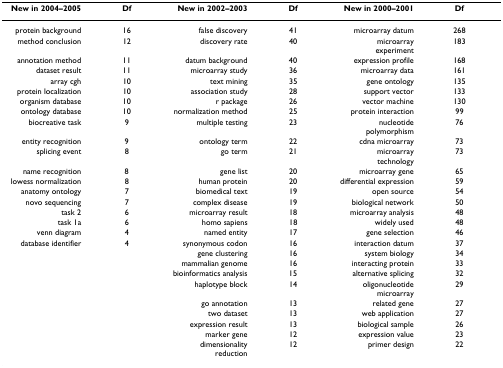
<table><thead><tr><td><b>New in 2004–2005</b></td><td><b>Df</b></td><td><b>New in 2002–2003</b></td><td><b>Df</b></td><td><b>New in 2000–2001</b></td><td><b>Df</b></td></tr></thead><tbody><tr><td>protein background</td><td>16</td><td>false discovery</td><td>41</td><td>microarray datum</td><td>268</td></tr><tr><td>method conclusion</td><td>12</td><td>discovery rate</td><td>40</td><td>microarray experiment</td><td>183</td></tr><tr><td>annotation method</td><td>11</td><td>datum background</td><td>40</td><td>expression profile</td><td>168</td></tr><tr><td>dataset result</td><td>11</td><td>microarray study</td><td>36</td><td>microarray data</td><td>161</td></tr><tr><td>array cgh</td><td>10</td><td>text mining</td><td>35</td><td>gene ontology</td><td>135</td></tr><tr><td>protein localization</td><td>10</td><td>association study</td><td>28</td><td>support vector</td><td>133</td></tr><tr><td>organism database</td><td>10</td><td>r package</td><td>26</td><td>vector machine</td><td>130</td></tr><tr><td>ontology database</td><td>10</td><td>normalization method</td><td>25</td><td>protein interaction</td><td>99</td></tr><tr><td>biocreative task</td><td>9</td><td>multiple testing</td><td>23</td><td>nucleotide polymorphism</td><td>76</td></tr><tr><td>entity recognition</td><td>9</td><td>ontology term</td><td>22</td><td>cdna microarray</td><td>73</td></tr><tr><td>splicing event</td><td>8</td><td>go term</td><td>21</td><td>microarray technology</td><td>73</td></tr><tr><td>name recognition</td><td>8</td><td>gene list</td><td>20</td><td>microarray gene</td><td>65</td></tr><tr><td>lowess normalization</td><td>8</td><td>human protein</td><td>20</td><td>differential expression</td><td>59</td></tr><tr><td>anatomy ontology</td><td>7</td><td>biomedical text</td><td>19</td><td>open source</td><td>54</td></tr><tr><td>novo sequencing</td><td>7</td><td>complex disease</td><td>19</td><td>biological network</td><td>50</td></tr><tr><td>task 2</td><td>6</td><td>microarray result</td><td>18</td><td>microarray analysis</td><td>48</td></tr><tr><td>task 1a</td><td>6</td><td>homo sapiens</td><td>18</td><td>widely used</td><td>48</td></tr><tr><td>venn diagram</td><td>4</td><td>named entity</td><td>17</td><td>gene selection</td><td>46</td></tr><tr><td>database identifier</td><td>4</td><td>synonymous codon</td><td>16</td><td>interaction datum</td><td>37</td></tr><tr><td></td><td></td><td>gene clustering</td><td>16</td><td>system biology</td><td>34</td></tr><tr><td></td><td></td><td>mammalian genome</td><td>16</td><td>interacting protein</td><td>33</td></tr><tr><td></td><td></td><td>bioinformatics analysis</td><td>15</td><td>alternative splicing</td><td>32</td></tr><tr><td></td><td></td><td>haplotype block</td><td>14</td><td>oligonucleotide microarray</td><td>29</td></tr><tr><td></td><td></td><td>go annotation</td><td>13</td><td>related gene</td><td>27</td></tr><tr><td></td><td></td><td>two dataset</td><td>13</td><td>web application</td><td>27</td></tr><tr><td></td><td></td><td>expression result</td><td>13</td><td>biological sample</td><td>26</td></tr><tr><td></td><td></td><td>marker gene</td><td>12</td><td>expression value</td><td>23</td></tr><tr><td></td><td></td><td>dimensionality reduction</td><td>12</td><td>primer design</td><td>22</td></tr></tbody></table>